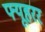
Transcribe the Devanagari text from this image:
फ्यूहरर